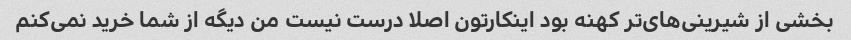
بخشی از شیرینی‌های‌تر کهنه بود اینکارتون اصلا درست نیست من دیگه از شما خرید نمی‌کنم